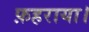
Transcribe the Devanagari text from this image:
फ़हराया।